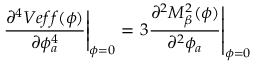
\left. \frac { \partial ^ { 4 } V e f f ( \phi ) } { \partial \phi _ { a } ^ { 4 } } \right| _ { \phi = 0 } = \left. 3 \frac { \partial ^ { 2 } M _ { \beta } ^ { 2 } ( \phi ) } { \partial ^ { 2 } \phi _ { a } } \right| _ { \phi = 0 }